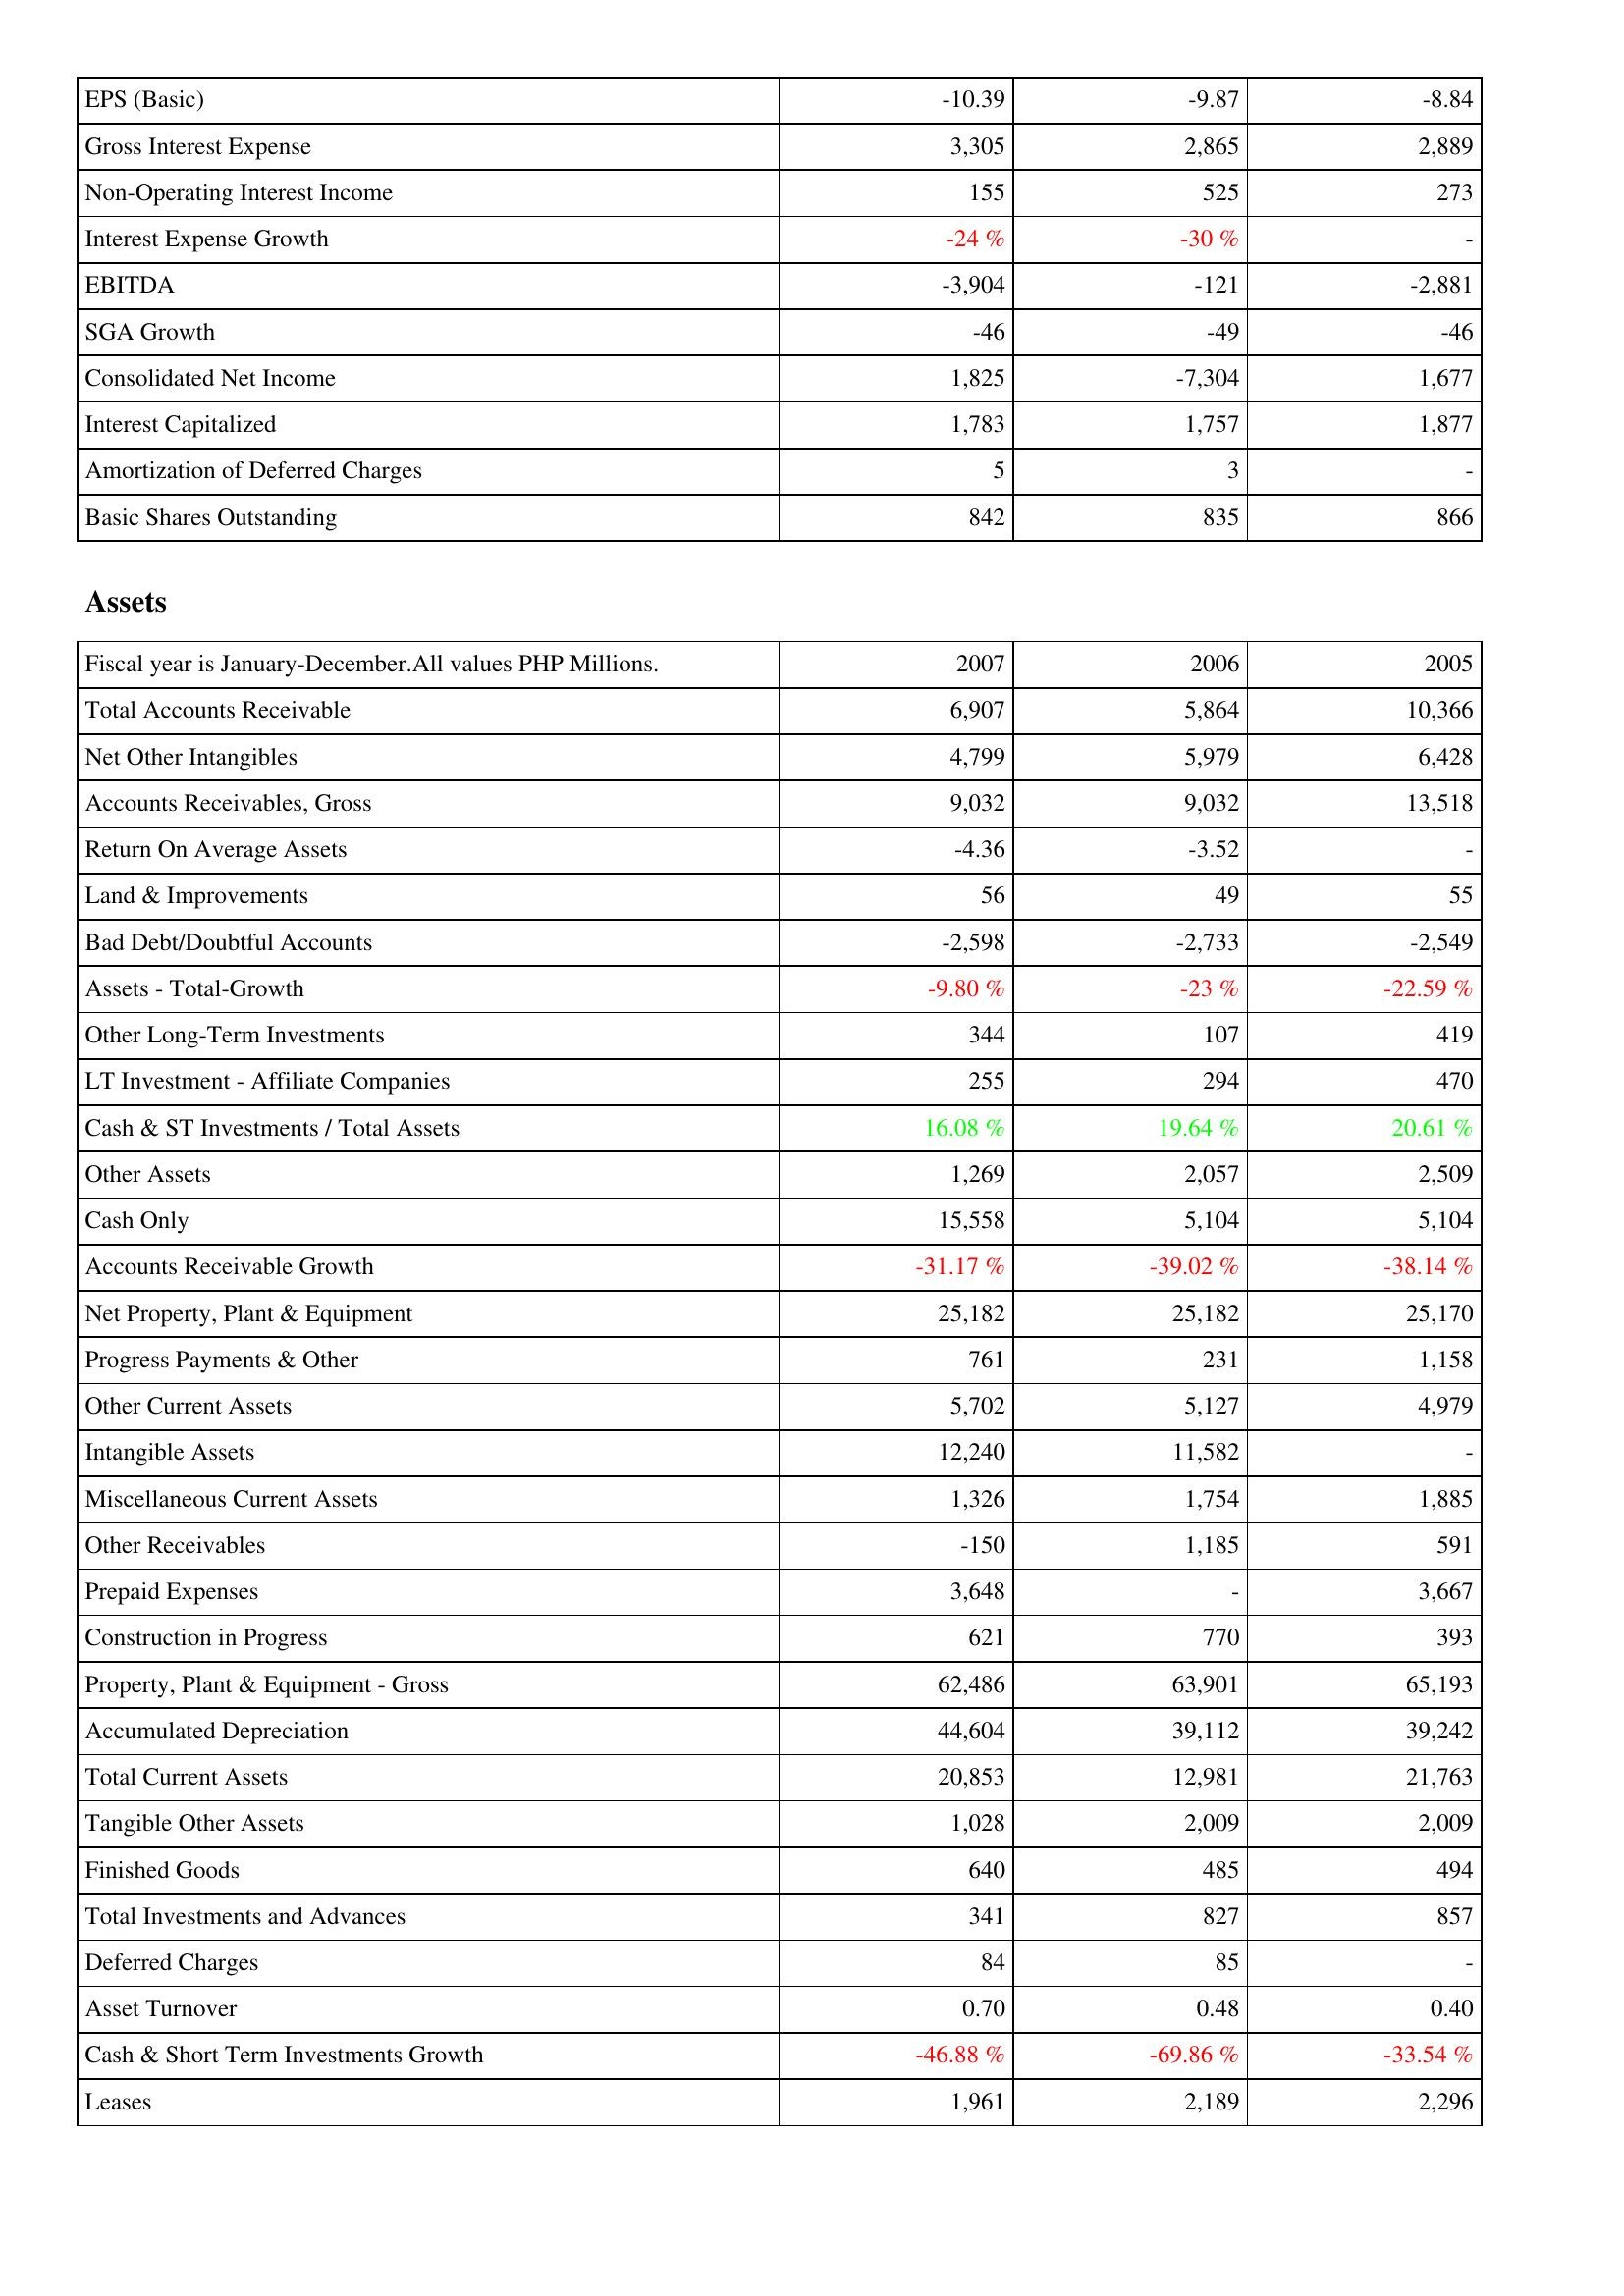
2007: Income Statement: EPS (Basic): -10.39
Gross Interest Expense: 3,305
Non-Operating Interest Income: 155
Interest Expense Growth: -24 %
EBITDA: -3,904
SGA Growth: -46
Consolidated Net Income: 1,825
Interest Capitalized: 1,783
Amortization of Deferred Charges: 5
Basic Shares Outstanding: 842
Assets: Total Accounts Receivable: 6,907
Net Other Intangibles: 4,799
Accounts Receivables, Gross: 9,032
Return On Average Assets: -4.36
Land & Improvements: 56
Bad Debt/Doubtful Accounts: -2,598
Assets - Total-Growth: -9.80 %
Other Long-Term Investments: 344
LT Investment - Affiliate Companies: 255
Cash & ST Investments / Total Assets: 16.08 %
Other Assets: 1,269
Cash Only: 15,558
Accounts Receivable Growth: -31.17 %
Net Property, Plant & Equipment: 25,182
Progress Payments & Other: 761
Other Current Assets: 5,702
Intangible Assets: 12,240
Miscellaneous Current Assets: 1,326
Other Receivables: -150
Prepaid Expenses: 3,648
Construction in Progress: 621
Property, Plant & Equipment - Gross: 62,486
Accumulated Depreciation: 44,604
Total Current Assets: 20,853
Tangible Other Assets: 1,028
Finished Goods: 640
Total Investments and Advances: 341
Deferred Charges: 84
Asset Turnover: 0.70
Cash & Short Term Investments Growth: -46.88 %
Leases: 1,961
2006: Income Statement: EPS (Basic): -9.87
Gross Interest Expense: 2,865
Non-Operating Interest Income: 525
Interest Expense Growth: -30 %
EBITDA: -121
SGA Growth: -49
Consolidated Net Income: -7,304
Interest Capitalized: 1,757
Amortization of Deferred Charges: 3
Basic Shares Outstanding: 835
Assets: Total Accounts Receivable: 5,864
Net Other Intangibles: 5,979
Accounts Receivables, Gross: 9,032
Return On Average Assets: -3.52
Land & Improvements: 49
Bad Debt/Doubtful Accounts: -2,733
Assets - Total-Growth: -23 %
Other Long-Term Investments: 107
LT Investment - Affiliate Companies: 294
Cash & ST Investments / Total Assets: 19.64 %
Other Assets: 2,057
Cash Only: 5,104
Accounts Receivable Growth: -39.02 %
Net Property, Plant & Equipment: 25,182
Progress Payments & Other: 231
Other Current Assets: 5,127
Intangible Assets: 11,582
Miscellaneous Current Assets: 1,754
Other Receivables: 1,185
Prepaid Expenses: -
Construction in Progress: 770
Property, Plant & Equipment - Gross: 63,901
Accumulated Depreciation: 39,112
Total Current Assets: 12,981
Tangible Other Assets: 2,009
Finished Goods: 485
Total Investments and Advances: 827
Deferred Charges: 85
Asset Turnover: 0.48
Cash & Short Term Investments Growth: -69.86 %
Leases: 2,189
2005: Income Statement: EPS (Basic): -8.84
Gross Interest Expense: 2,889
Non-Operating Interest Income: 273
Interest Expense Growth: -
EBITDA: -2,881
SGA Growth: -46
Consolidated Net Income: 1,677
Interest Capitalized: 1,877
Amortization of Deferred Charges: -
Basic Shares Outstanding: 866
Assets: Total Accounts Receivable: 10,366
Net Other Intangibles: 6,428
Accounts Receivables, Gross: 13,518
Return On Average Assets: -
Land & Improvements: 55
Bad Debt/Doubtful Accounts: -2,549
Assets - Total-Growth: -22.59 %
Other Long-Term Investments: 419
LT Investment - Affiliate Companies: 470
Cash & ST Investments / Total Assets: 20.61 %
Other Assets: 2,509
Cash Only: 5,104
Accounts Receivable Growth: -38.14 %
Net Property, Plant & Equipment: 25,170
Progress Payments & Other: 1,158
Other Current Assets: 4,979
Intangible Assets: -
Miscellaneous Current Assets: 1,885
Other Receivables: 591
Prepaid Expenses: 3,667
Construction in Progress: 393
Property, Plant & Equipment - Gross: 65,193
Accumulated Depreciation: 39,242
Total Current Assets: 21,763
Tangible Other Assets: 2,009
Finished Goods: 494
Total Investments and Advances: 857
Deferred Charges: -
Asset Turnover: 0.40
Cash & Short Term Investments Growth: -33.54 %
Leases: 2,296